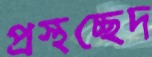
প্রস্থচ্ছেদ